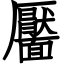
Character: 靨